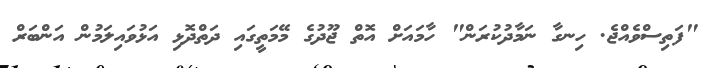
"ފަތިސްވެއްޖެ. ހިނގާ ނަމާދުކުރަން" ހާމައަށް އޮތް ޖޫދުގެ މޭމަތީގައި ދަތްދޮޅި އަޅުވައިލަމުން އަންބަރް